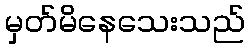
မှတ်မိနေသေးသည်